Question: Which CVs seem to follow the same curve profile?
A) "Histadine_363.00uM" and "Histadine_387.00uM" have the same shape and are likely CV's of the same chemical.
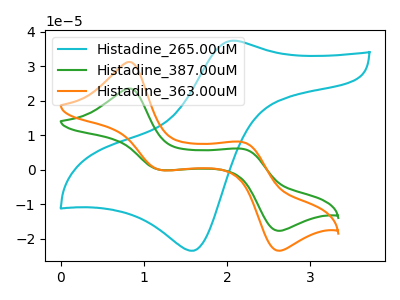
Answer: <think>The cyan curve "Histadine_265.00uM" has an anodic peak at (2.10V, 37.35uA) and a cathodic peak at (1.60V, -23.40uA). The green curve "Histadine_387.00uM" has anodic peaks at (0.80V, 23.55uA) (2.20V, 5.95uA) and cathodic peaks at (1.20V, -0.05uA) (2.60V, -17.65uA). The orange curve "Histadine_363.00uM" has anodic peaks at (0.80V, 31.20uA) (2.20V, 7.90uA) and cathodic peaks at (1.20V, -0.05uA) (2.60V, -23.45uA).
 "Histadine_265.00uM" and "Histadine_387.00uM" have a different number of peaks. "Histadine_265.00uM" and "Histadine_363.00uM" have a different number of peaks. All the peaks in "Histadine_387.00uM" have a peak in "Histadine_363.00uM" at the same potential. Every peak in "Histadine_387.00uM" is lower than every peak in "Histadine_363.00uM".</think>
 <answer>A) "Histadine_363.00uM" and "Histadine_387.00uM" have the same shape and are likely CV's of the same chemical.</answer>
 <eval>A</eval>